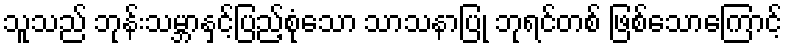
သူသည် ဘုန်းသမ္ဘာနှင့်ပြည့်စုံသော သာသနာပြု ဘုရင်တစ် ဖြစ်သောကြောင့်